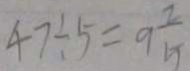
4 7 \div 5 = 9 \frac { 2 } { 5 }